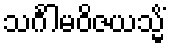
သင်္ဂါမဝိဇယသ္မိံ